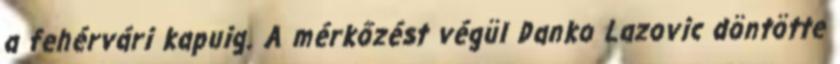
a fehérvári kapuig. A mérkőzést végül Danko Lazovic döntötte